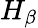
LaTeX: H_{\beta}